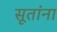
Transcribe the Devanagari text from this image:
सूतांना